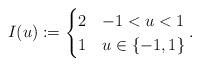
LaTeX: \begin{align*} I(u) := \begin{cases} 2 & -1<u<1\\ 1 & u\in\{-1,1\} \end{cases}.\end{align*}